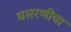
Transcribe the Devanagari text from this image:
घसरणीचा